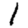
Digit: 1